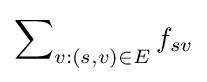
\sum \nolimits _{v:(s,v)\in E}f_{sv}